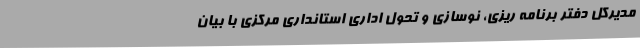
مدیرکل دفتر برنامه ریزی، نوسازی و تحول اداری استانداری مرکزی با بیان